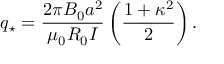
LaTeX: q _ { \star } = { \frac { 2 \pi B _ { 0 } a ^ { 2 } } { \mu _ { 0 } R _ { 0 } I } } \left( { \frac { 1 + \kappa ^ { 2 } } { 2 } } \right) .